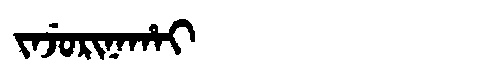
Manchu: ᠵᠠᠵᡠᡵᡳᠨᠠᡥᠠᡳ
Romanization: JAJURINAHAI